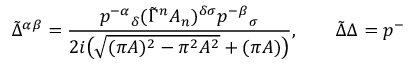
\tilde { \Delta } ^ { \alpha \beta } = \frac { p ^ { - \alpha } { } _ { \delta } ( \tilde { \Gamma } ^ { n } A _ { n } ) ^ { \delta \sigma } p ^ { - \beta } { } _ { \sigma } } { 2 i \big ( \sqrt { ( \pi A ) ^ { 2 } - \pi ^ { 2 } A ^ { 2 } } + ( \pi A ) \big ) } , \qquad \tilde { \Delta } \Delta = p ^ { - }